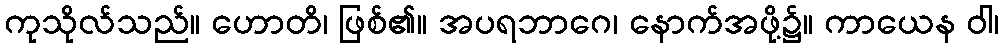
ကုသိုလ်သည်။ ဟောတိ၊ ဖြစ်၏။ အပရဘာဂေ၊ နောက်အဖို့၌။ ကာယေန ဝါ၊